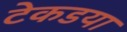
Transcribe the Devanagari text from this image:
टेकडया